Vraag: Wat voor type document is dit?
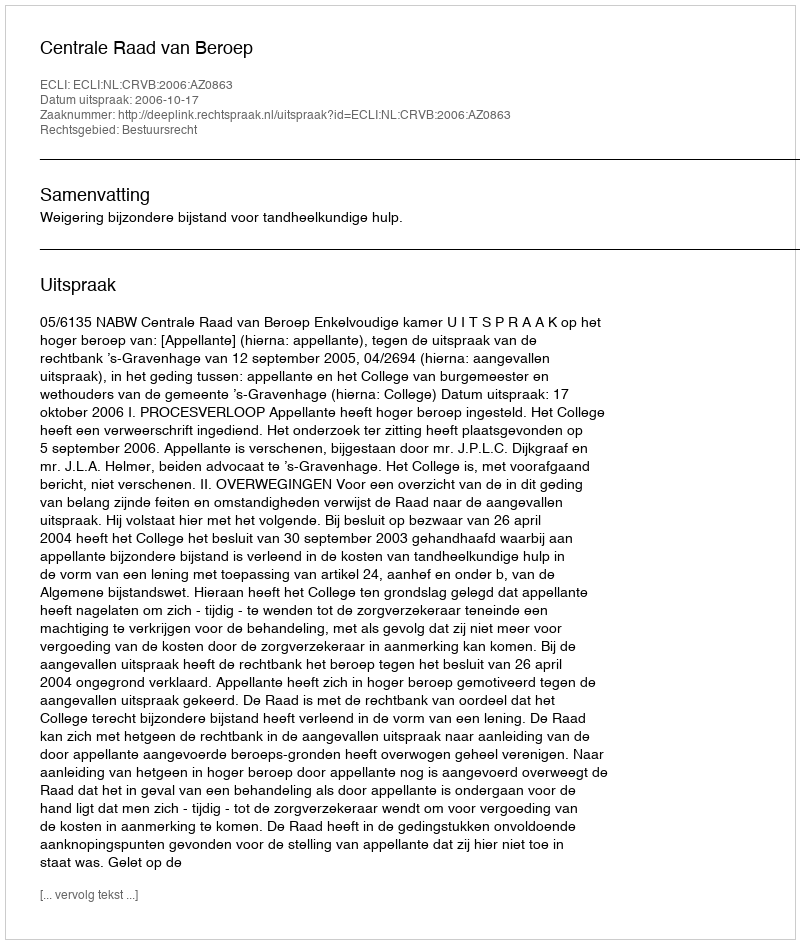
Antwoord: Uitspraak